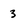
Character: 3